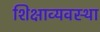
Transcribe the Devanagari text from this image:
शिक्षाव्यवस्था